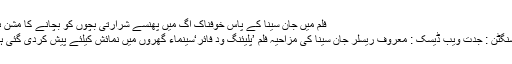
فلم میں جان سینا کے پاس خوفناک آگ میں پھنسے شرارتی بچوں کو بچانے کا مشن ہے
واشنگٹن : جدت ویب ڈیسک : معروف ریسلر جان سینا کی مزاحیہ فلم ’پلیئنگ ود فائر‘سینماء گھروں میں نمائش کیلئے پیش کردی گئی ہے۔